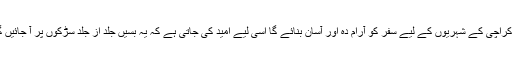
یہ کراچی کے شہریوں کے لیے سفر کو آرام دہ اور آسان بنائے گا اسی لیے امید کی جاتی ہے کہ یہ بسیں جلد از جلد سڑکوں پر آ جائیں گی۔